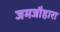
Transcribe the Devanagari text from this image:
जमजौहारा